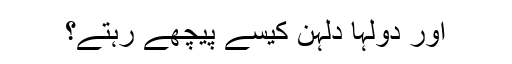
اور دولہا دلہن کیسے پیچھے رہتے؟